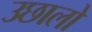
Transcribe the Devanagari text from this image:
उछालो